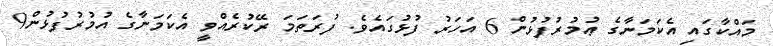
މައްކާގައި އެކަމަނާގެ ޢުމުރުފުޅުން 6 އަހަރު ފުޅުގައެވެ. ފުރަތަމަ ރޭކުރެއްވީ އެކަމަނާގެ އުމުރުފުޅުން9